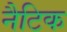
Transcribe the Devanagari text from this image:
नैटिक